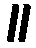
။